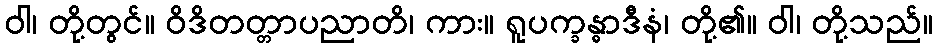
ဝါ၊ တို့တွင်။ ဝိဒိတတ္တာပညာတိ၊ ကား။ ရူပက္ခန္ဓာဒီနံ၊ တို့၏။ ဝါ၊ တို့သည်။